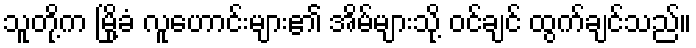
သူတို့က မြို့ခံ လူဟောင်းများ၏ အိမ်များသို့ ဝင်ချင် ထွက်ချင်သည်။